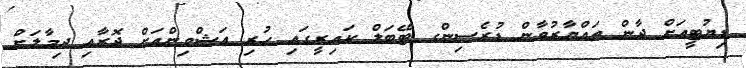
ޑިޔުޓީއަށް ދާން ތައްޔާރުވާން ޑުރެސިންގ ޓޭބަލް ކައިރީގައި ހުރި އަޝްވިންއަށް ދޮރާއި ދިމާލަށް